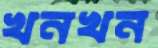
খনখন